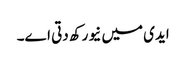
ایدی میں نیو رکھ دتی اے۔